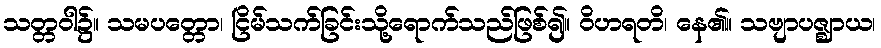
သတ္တဝါ၌။ သမပတ္တော၊ ငြိမ်သက်ခြင်းသို့ရောက်သည်ဖြစ်၍။ ဝိဟရတိ၊ နေ၏။ သဗျာပဇ္ဈာယ၊